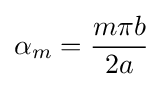
\alpha _{m}={\frac {m\pi b}{2a}}